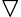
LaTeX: \triangledown